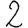
Digit: 2